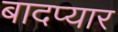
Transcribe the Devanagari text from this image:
बादप्यार